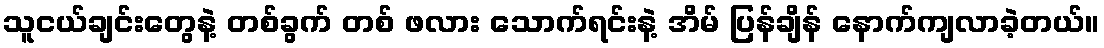
သူငယ်ချင်းတွေနဲ့ တစ်ခွက် တစ် ဖလား သောက်ရင်းနဲ့ အိမ် ပြန်ချိန် နောက်ကျလာခဲ့တယ်။